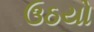
ઉઠયો